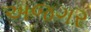
અજગર